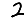
Digit: 2